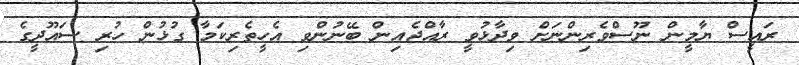
ރައީސް ޔާމީން ނޫސްވެރިންނަށް ވިދާޅުވީ ރާއްޖެއިން ބޭނުންވި އެހީތެރިކަމާ ގުޅުން ހުރި ސައޫދީގެ